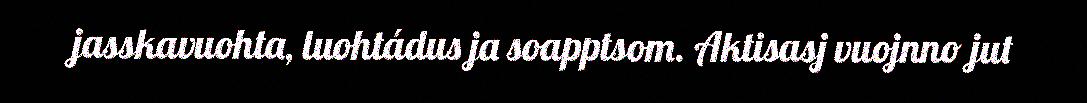
jasskavuohta, luohtádus ja soapptsom. Aktisasj vuojnno jut